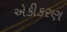
એકીકરણ